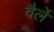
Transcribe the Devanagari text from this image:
वैर्ले